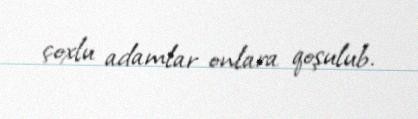
çoxlu adamlar onlara qoşulub.